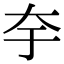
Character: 𭑃